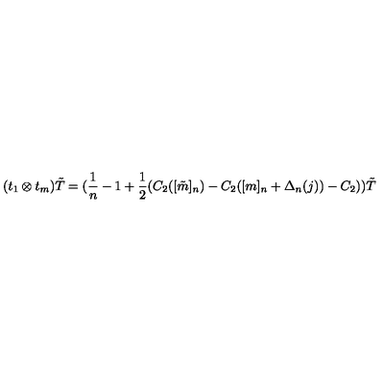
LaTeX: ( t _ { 1 } \otimes t _ { m } ) \tilde { T } = ( \frac { 1 } { n } - 1 + \frac { 1 } { 2 } ( C _ { 2 } ( [ \tilde { m } ] _ { n } ) - C _ { 2 } ( [ m ] _ { n } + \Delta _ { n } ( j ) ) - C _ { 2 } ) ) \tilde { T }